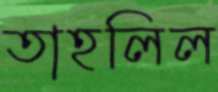
তাহলিল